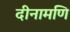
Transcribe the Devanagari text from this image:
दीनामणि